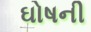
ઘોષની